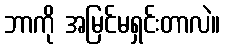
ဘာကို အမြင်မရှင်းတာလဲ။